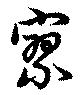
寥